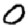
Digit: 0